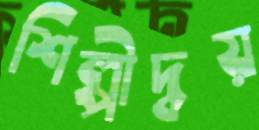
শিল্পীদ্বয়